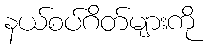
နယ်စပ်ဂိတ်များကို